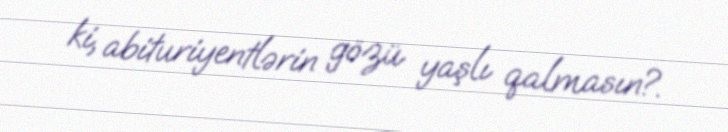
ki, abituriyentlərin gözü yaşlı qalmasın?.